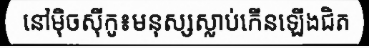
នៅម៉ិចស៊ីកូ៖មនុស្សស្លាប់កើនឡើងជិត